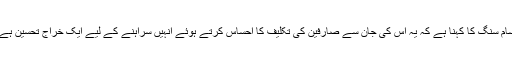
سام سنگ کا کہنا ہے کہ یہ اس کی جان سے صارفین کی تکلیف کا احساس کرتے ہوئے انہیں سراہنے کے لیے ایک خراج تحسین ہے۔